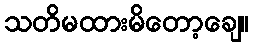
သတိမထားမိတော့ချေ။